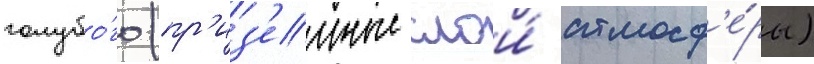
голубо́го (пр'из'емные слои́ атмосф'е́ры)